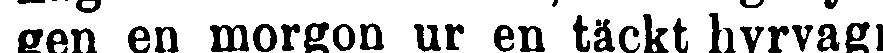
gen en morgon ur en täckt hyrvag